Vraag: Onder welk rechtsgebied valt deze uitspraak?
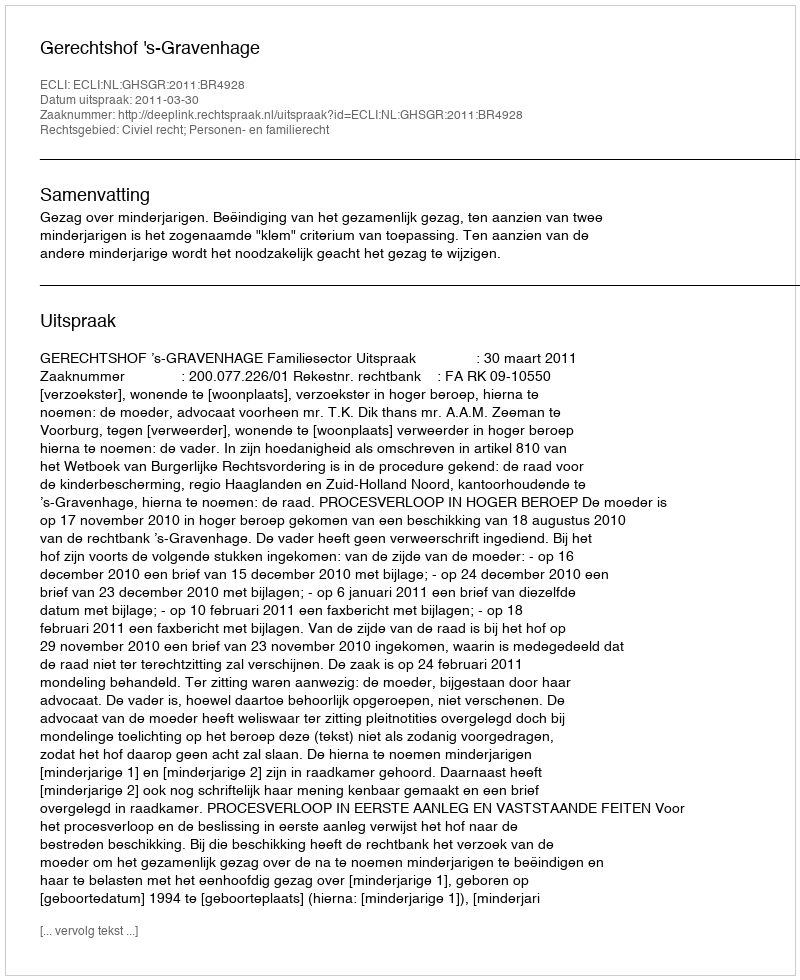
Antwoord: Civiel recht; Personen- en familierecht